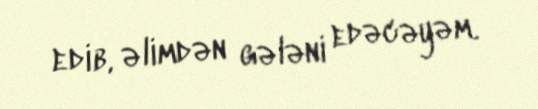
edib, əlimdən gələni edəcəyəm.